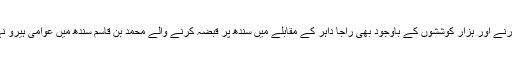
ہزار سال گزرنے اور ہزار کوششوں کے باوجود بھی راجا داہر کے مقابلے میں سندھ پر قبضہ کرنے والے محمد بن قاسم سندھ میں عوامی ہیرو نہیں بن سکے۔